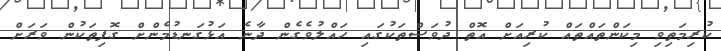
ކުރިމަތިވި މިކަންތައްތައް ކުރިއަށް އޮތް ދުވަސްތަކުގައި ހައްލުވެގެން ދާނެ އަޅުގަނޑުމެންށް ގޮފިތަކުން ވަރަށް